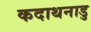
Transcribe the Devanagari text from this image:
कदाथनाडु